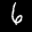
Label: 6